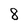
Character: 8